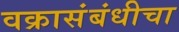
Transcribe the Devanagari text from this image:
वक्रासंबंधीचा